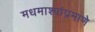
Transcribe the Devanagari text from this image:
मधमाश्यांप्रमाणे